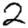
Digit: 2